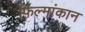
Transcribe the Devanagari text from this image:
फ़िल्मांकान